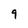
Character: 9